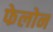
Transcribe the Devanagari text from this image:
फेलोन